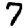
Digit: 7